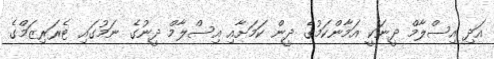
އަދި އިސްލާމް ދީނަކީ އަމާންކަމުގެ ދީން ކަމަށާއި އިސްލާމް ދީނުގެ ނަމުގައި ޓެރަރިޒަމްގެ